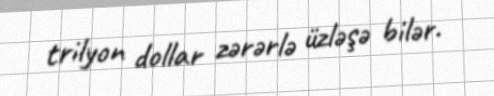
trilyon dollar zərərlə üzləşə bilər.